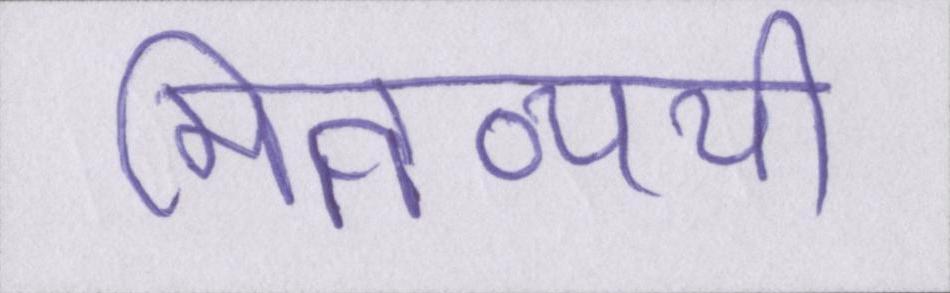
मितव्ययी